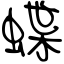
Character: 蝶